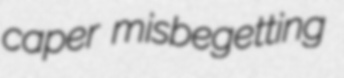
caper misbegetting